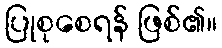
ပြုစုစေရန် ဖြစ်၏။